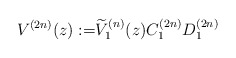
\begin{align*} V^{(2n)}(z):=&\widetilde V_{1}^{(n)}(z) C_{1}^{(2n)}D_{1}^{(2n)}\end{align*}